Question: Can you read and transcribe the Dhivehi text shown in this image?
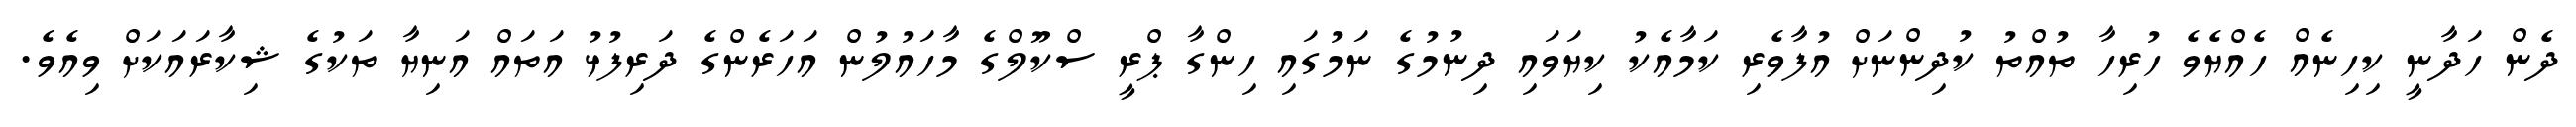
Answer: ދެން ހަދާނީ ކިހިނެއް ހެއްޔެވެ ހުރިހާ ތުއްތު ކުދިންނަށް އުފާވެރި ކަމާއެކު ކިޔަވައި ދިނުމުގެ ނަމުގައި ހިންގާ ޕްރީ ސްކޫލްގެ މާހައުލުން އަހަރެންގެ ދަރިފުޅު އަތައް އަނިޔާ ތަކުގެ ޝިކާރައަކަށް ވިއެވެ.